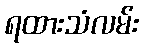
ရထားသံလမ်း